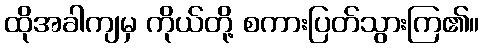
ထိုအခါကျမှ ကိုယ်တို့ စကားပြတ်သွားကြ၏။